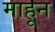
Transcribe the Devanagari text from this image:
माहून